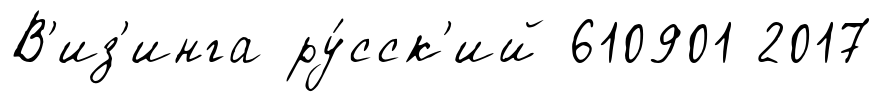
В'из'инга ру́сск'ий 610901 2017